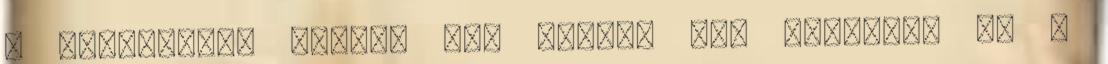
Ő egyszerűen mindig így nézett ki. Mellette ül a